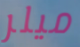
ميلر